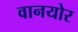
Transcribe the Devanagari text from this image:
वानयोर